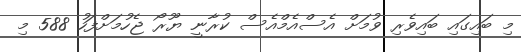
މި ބައިގައި ބައިވެރި ވުމަށް އެސްއެމްއެސް ކުރާނީ ޔޫރޯ ޖެހުމަށްފަހު 588 މި